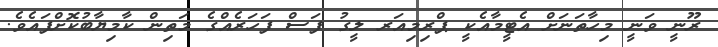
ރޫނީ ވަނީ މިހާތަނަށް އެޓީމާއެކީ ޕްރިމިއަރ ލީގު ފަސް ފަހަރެއްގެ މަތިން ކާމިޔާބުކޮށްފައެވެ.